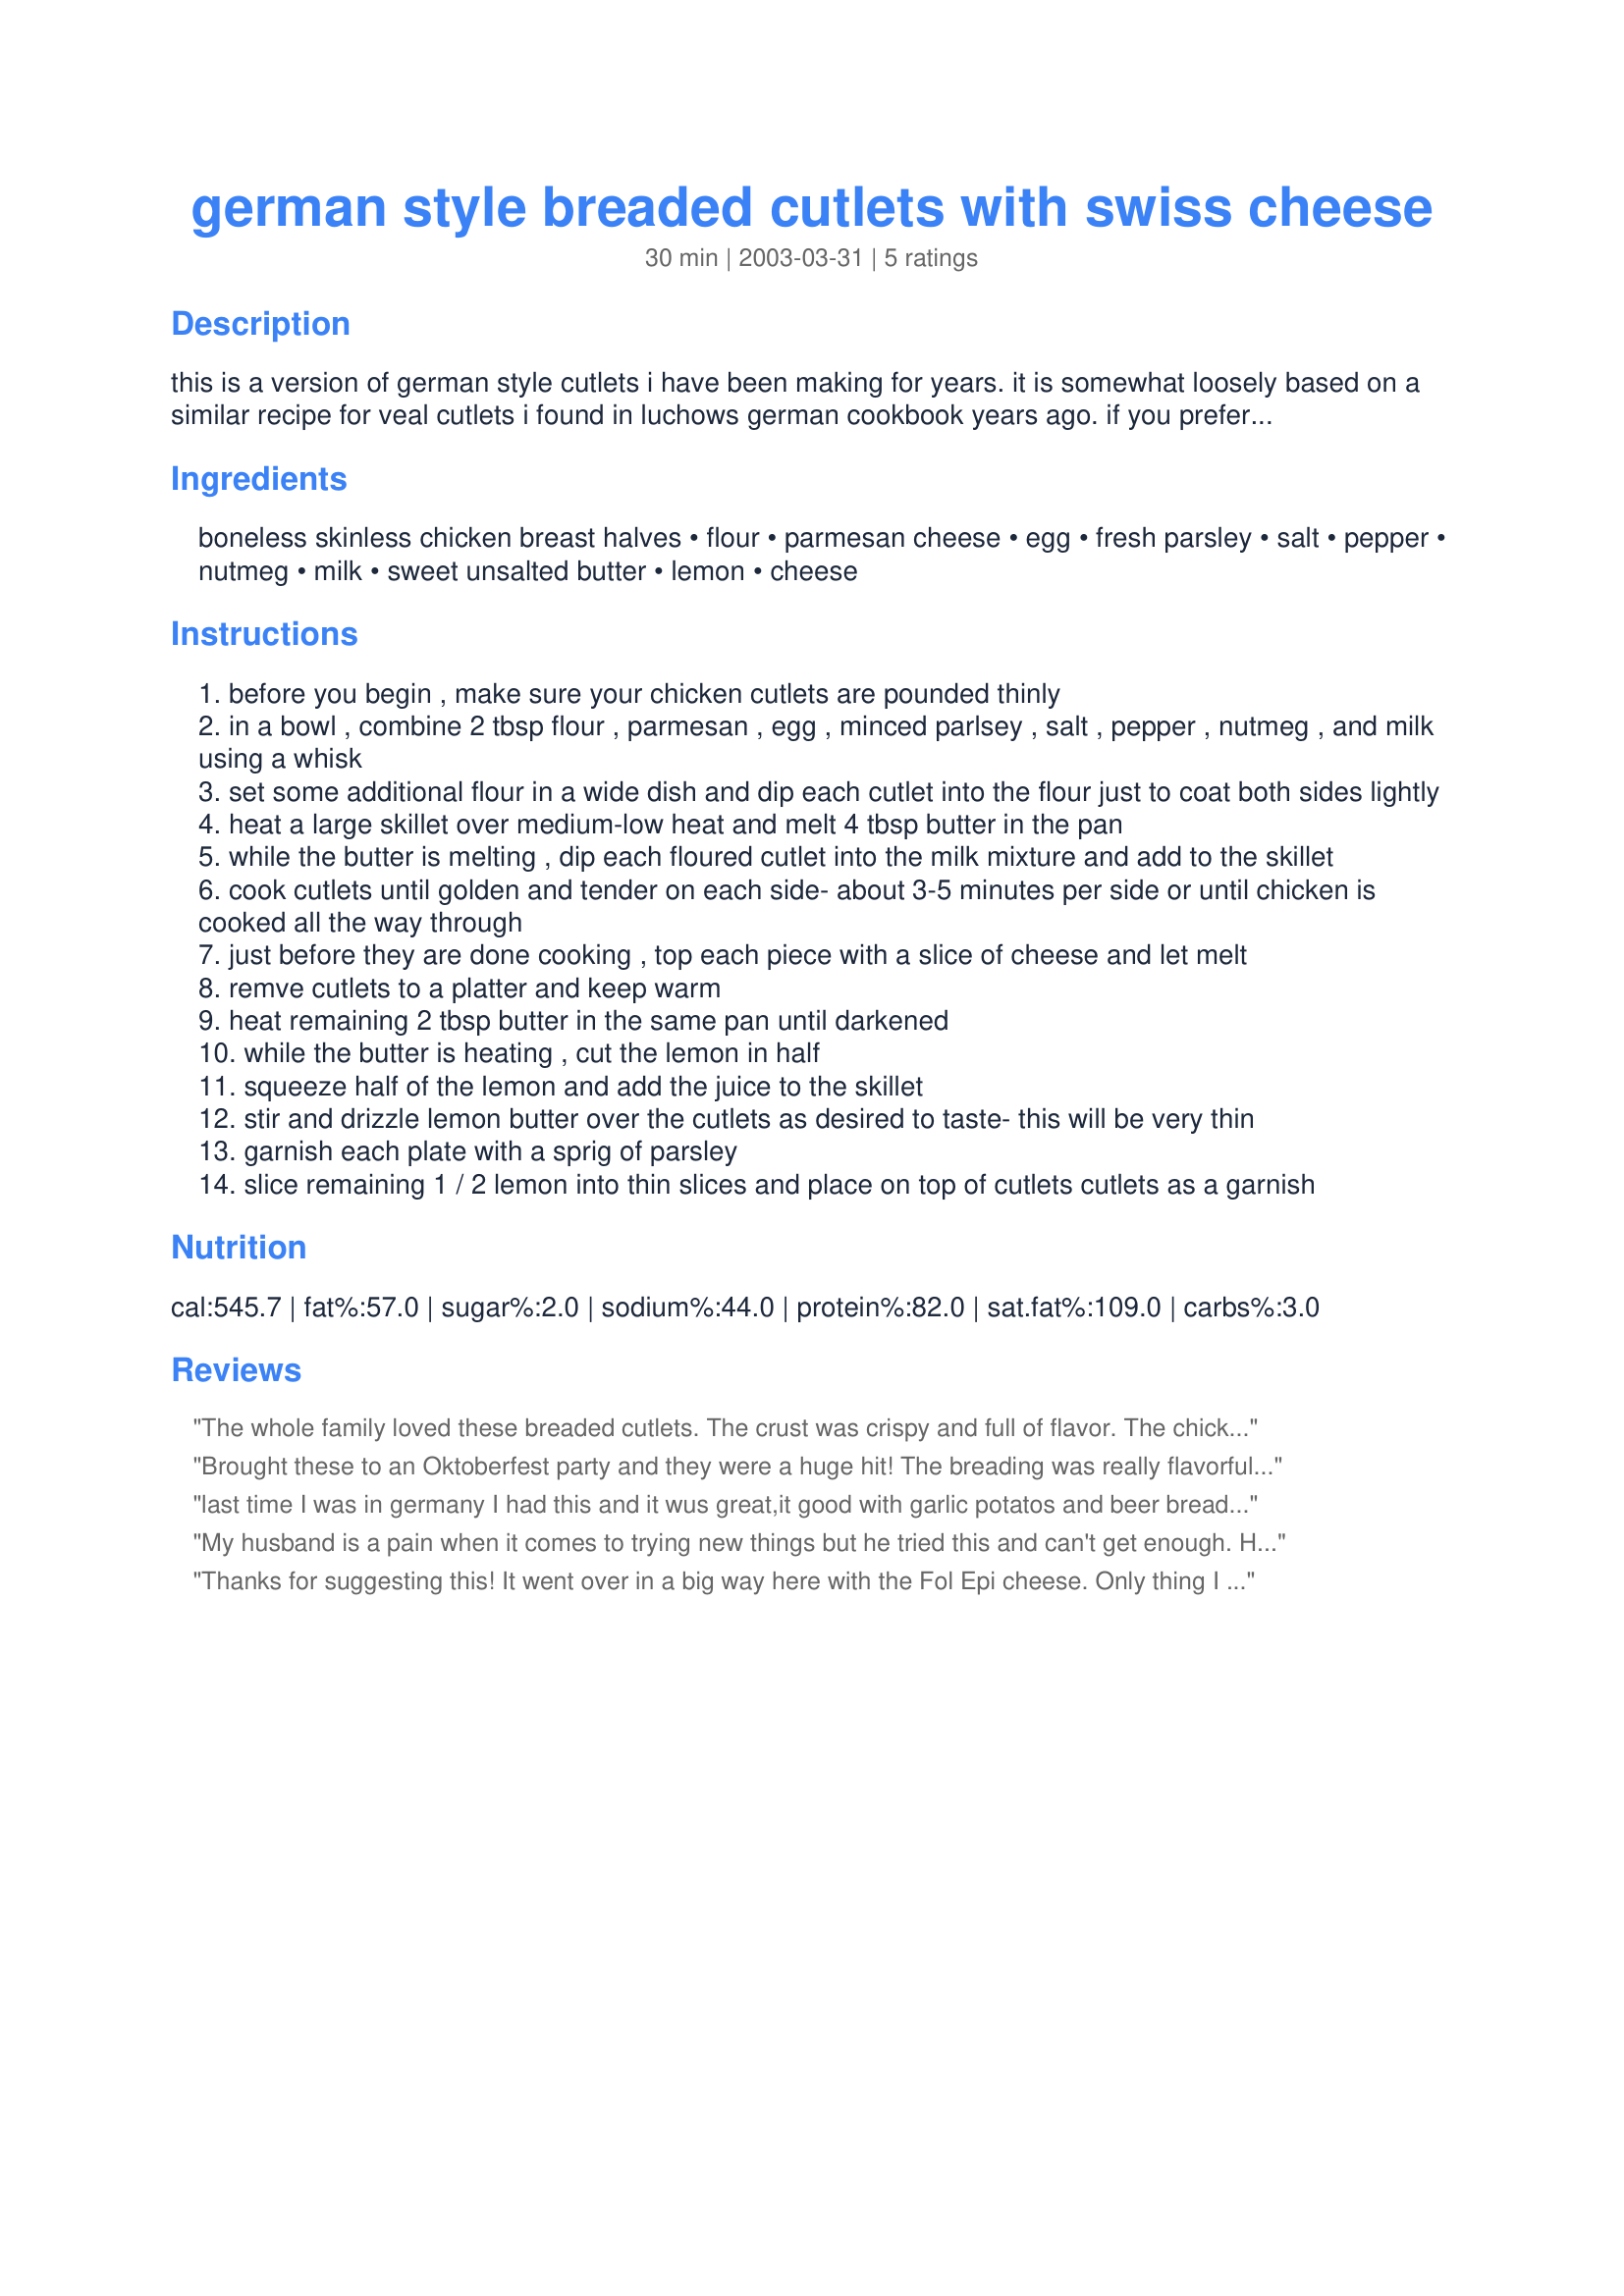
german style breaded cutlets with swiss cheese
Preparation time: 30 minutes

this is a version of german style cutlets i have been making for years. it is somewhat loosely based on a similar recipe for veal cutlets i found in luchows german cookbook years ago. if you prefer veal, by all means use veal in place of the chicken,but i always use chicken.

Ingredients:
boneless skinless chicken breast halves, flour, parmesan cheese, egg, fresh parsley, salt, pepper, nutmeg, milk, sweet unsalted butter, lemon, cheese

Steps:
before you begin , make sure your chicken cutlets are pounded thinly
in a bowl , combine 2 tbsp flour , parmesan , egg , minced parlsey , salt , pepper , nutmeg , and milk using a whisk
set some additional flour in a wide dish and dip each cutlet into the flour just to coat both sides lightly
heat a large skillet over medium-low heat and melt 4 tbsp butter in the pan
while the butter is melting , dip each floured cutlet into the milk mixture and add to the skillet
cook cutlets until golden and tender on each side- about 3-5 minutes per side or until chicken is cooked all the way through
just before they are done cooking , top each piece with a slice of cheese and let melt
remve cutlets to a platter and keep warm
heat remaining 2 tbsp butter in the same pan until darkened
while the butter is heating , cut the lemon in half
squeeze half of the lemon and add the juice to the skillet
stir and drizzle lemon butter over the cutlets as desired to taste- this will be very thin
garnish each plate with a sprig of parsley
slice remaining 1 / 2 lemon into thin slices and place on top of cutlets cutlets as a garnish

Reviews:
The whole family loved these breaded cutlets. The crust was crispy and full of flavor. The chicken was moist and tender. We served the sauce over pasta with lemon zest and chives added. Very yummy! It will be a regular in our household.
Brought these to an Oktoberfest party and they were a huge hit! The breading was really flavorful and the meat stayed very moist during cooking. Thanks for the recipe!
last time I was in germany I had this and it wus great,it good with garlic potatos and beer bread and a tall cool pilser beer.
My husband is a pain when it comes to trying new things but he tried this and can't get enough. He wants it all of the time!
Thanks for suggesting this! It went over in a big way here with the Fol Epi cheese. Only thing I did not do was get unsalted butter, but followed your recipe exactly. The scent of it was great and I had NO complaints from my family.(a rare thing) I served it with fresh brussel sprouts and spaetzle.
Thanks a bunch! We will be eating this again.
